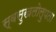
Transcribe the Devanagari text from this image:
स्वसुखलोलुपता